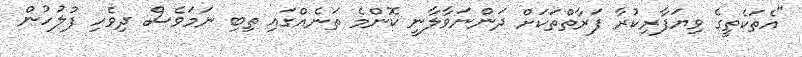
"އެތަކެތީގެ ވިޔަފާރިކުރާ ފަރާތްތަކަށް ދަންނަވާލާނީ ކޮންމެ ތަނެއްގައި ތިބި ނަމަވެސް ދިވެހި ފުލުހުން